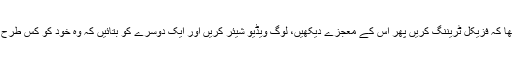
بابر اعظم کا کہنا تھا کہ فزیکل ٹریننگ کریں پھر اس کے معجزے دیکھیں، لوگ ویڈیو شیئر کریں اور ایک دوسرے کو بتائیں کہ وہ خود کو کس طرح فٹ رکھ رہے ہیں۔